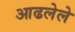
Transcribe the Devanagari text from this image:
आढलेले